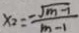
x _ { 2 } = \frac { - \sqrt { m - 1 } } { m - 1 }